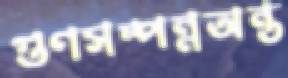
গুণসম্পন্নঅন্ত